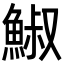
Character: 䱙